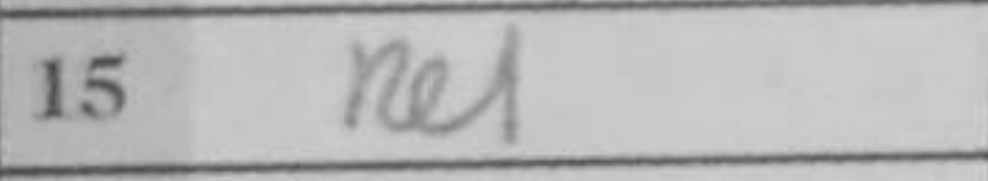
Transcription: Re1